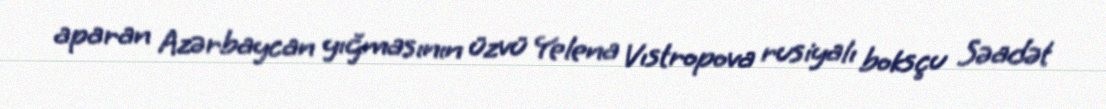
aparan Azərbaycan yığmasının üzvü Yelena Vıstropova rusiyalı boksçu Səadət